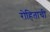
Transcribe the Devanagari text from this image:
रोहिताची